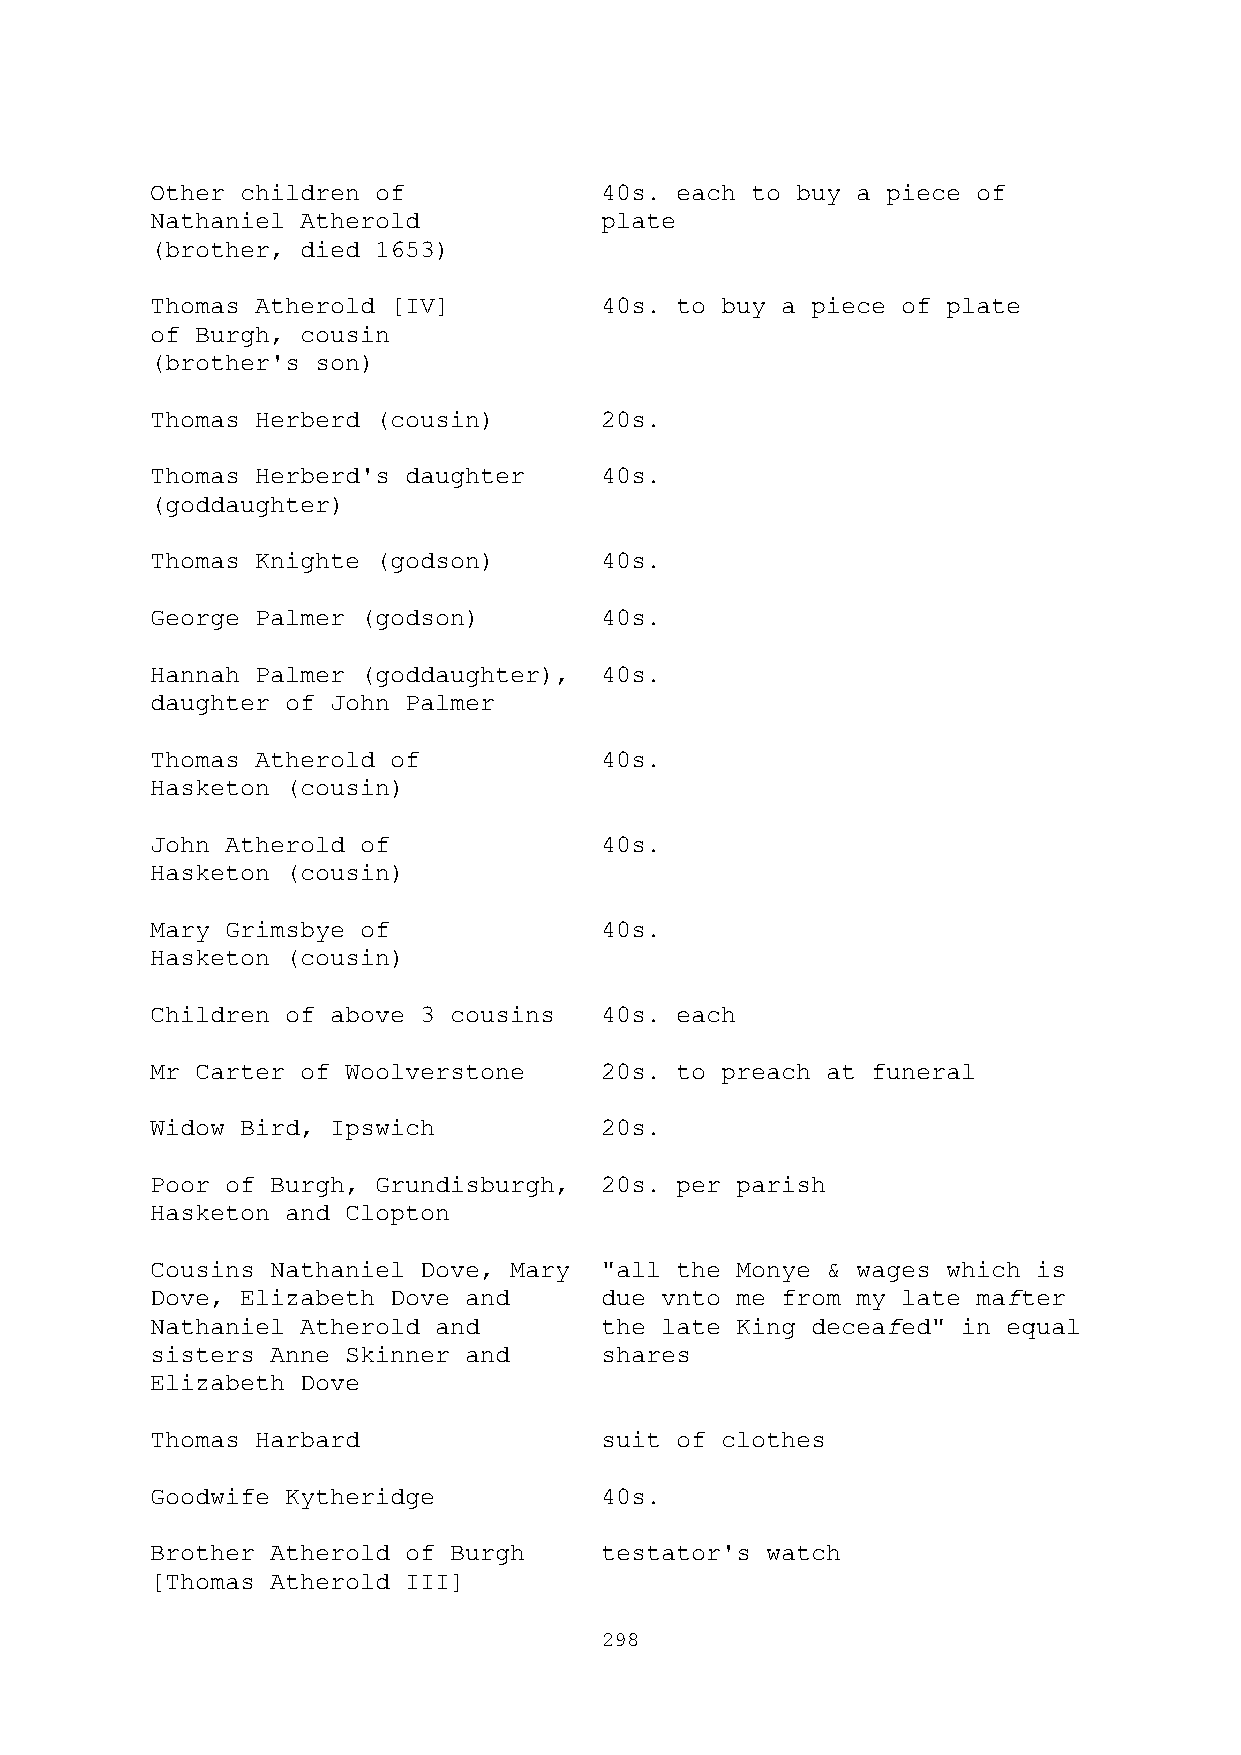
Other children of             40s. each to buy a piece of
 Nathaniel Atherold            plate
 (brother, died 1653)
 Thomas Atherold [IV]          40s. to buy a piece of plate
 of Burgh, cousin
 (brother's son)
 Thomas Herberd (cousin)       20s.
 Thomas Herberd's daughter     40s.
 (goddaughter)
 Thomas Knighte (godson)       40s.
 George Palmer (godson)        40s.
 Hannah Palmer (goddaughter),  40s.
 daughter of John Palmer
 Thomas Atherold of            40s.
 Hasketon (cousin)
 John Atherold of              40s.
 Hasketon (cousin)
 Mary Grimsbye of              40s.
 Hasketon (cousin)
 Children of above 3 cousins   40s. each
 Mr Carter of Woolverstone     20s. to preach at funeral
 Widow Bird, Ipswich           20s.
 Poor of Burgh, Grundisburgh,  20s. per parish
 Hasketon and Clopton
 Cousins Nathaniel Dove, Mary  "all the Monye & wages which is
 Dove, Elizabeth Dove and      due vnto me from my late mafter
 Nathaniel Atherold and        the late King deceafed" in equal
 sisters Anne Skinner and      shares
 Elizabeth Dove
 Thomas Harbard                suit of clothes
 Goodwife Kytheridge           40s.
 Brother Atherold of Burgh     testator's watch
 [Thomas Atherold III]
 298